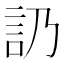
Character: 䚮